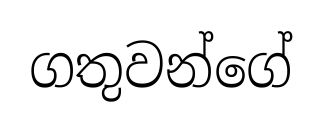
ගතුවන්ගේ